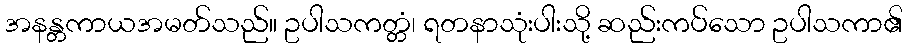
အနန္တကာယအမတ်သည်။ ဥပါသကတ္တံ၊ ရတနာသုံးပါးသို့ ဆည်းကပ်သော ဥပါသကာ၏